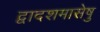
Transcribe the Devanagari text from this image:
द्वादशमासेषु